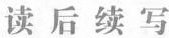
读 后 续 写